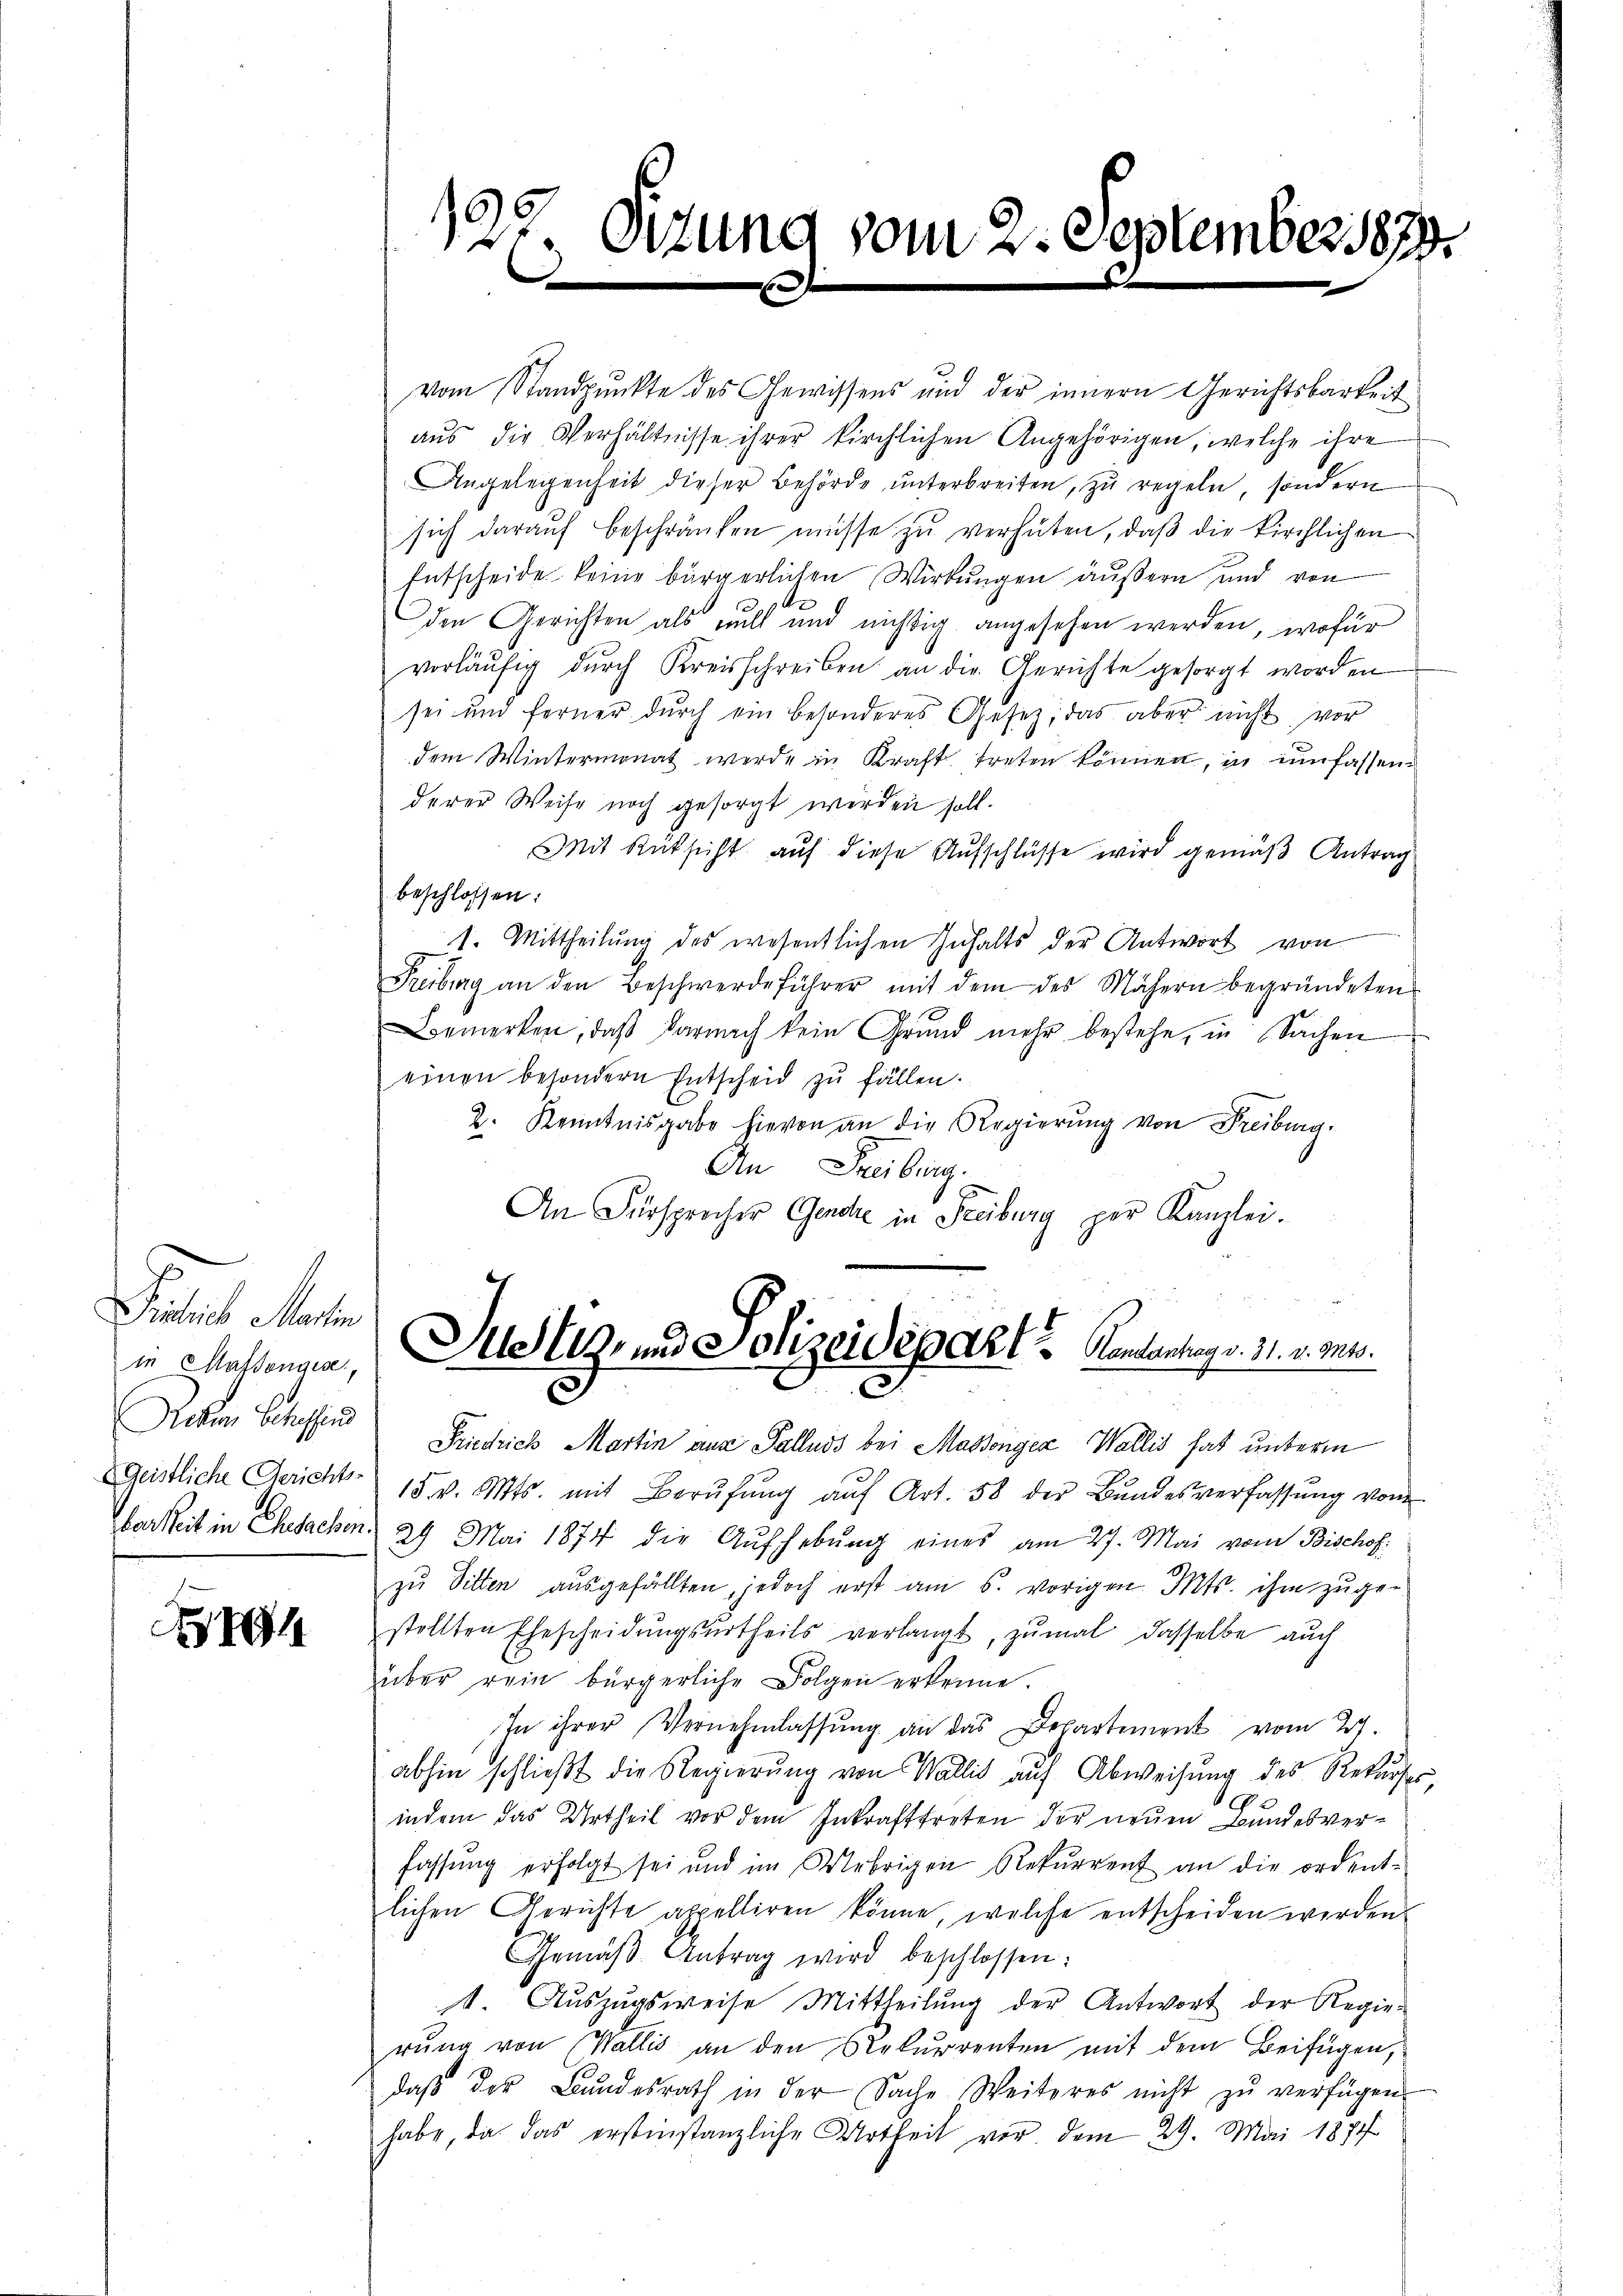
Pilich Martin
in Massengese
Achem Betreffend
Geistliche Gerichts-

h

127. Ottung vom 2. September 1870.
d

vom Standpŭnkte des Gewissens und der innern Gerichtsbarkeit
aus die Verhältnisse ihrer kirchlichen Angehörigen, welche ihre
Angelegenheit dieser Behörde unterbreiten, zu regeln, sondern
sich darauf beschränken müsse zu verhüten, daß die kirchlichen
Entscheide keine bürgerlichen Wirkungen äußern und von
den Gerichten als nicht und nichtig angesehen werden, wofür
vorläŭfig dŭrch Kreisschreiben an die Gerichte gesorgt worden
sei und ferner durch ein besonderes Gesetz, das aber nicht vor
dem Wintermonat werde in Kraft treten können, in umfassenderer Weise noch gesorgt werden soll.
Mit Rüksicht auf diese Aufschlüsse wird gemäß Antrag
beschlossen:
1. Mittheilŭng des wesentlichen Inhalts der Antwort von
Freiburg an den Beschwerdeführer mit dem des Nähern begründeten
Bemerken, daß darnach kein Grund mehr bestehe, in Sachen
einen besondern Entscheid zŭ fällen.
2. Kenntnisgabe hievon an die Regierŭng von Freiburg.
Ain Freiburg.
An Fürsprecher Gendre in Freiburg per Kanzlei.

Justiz- und Polizeideparte Kantantag v. 31. v. Mts.

Friedrich Martin aus Palluss bei Massenger Wallis hat unterm
15. v. Mts. mit Berŭfŭng aŭf Art. 58 der Bundesverfassŭng vom
barkeit in Ehesachen. 29 Mai 1874 die Aufhebŭng eines am 27. Mai vom Bischof
zŭ Sitten aŭsgefällten, jedoch erst am 5. vorigen Mts. ihm zŭge-
stellten Ehescheidŭngsŭrtheils verlangt, zŭmal dasselbe auch
über rein bürgerliche Folgen erkenne.
In ihrer Vernehmlassŭng an das Departement vom 21.
abhin schlieβt die Regierŭng von Wallis auf Abweisung des Rekurses,
indem das Urtheil vor dem Inkrafttreten der neuen Bundesverfassung erfolgt sei und im Uebrigen Rekurrent an die ordent-
lichen Gerichte appelliren könne, welche entscheiden werden.
Gemäβ Antrag wird beschlossen:
1. Auszugsweise Mittheilung der Antwort der Regie-
rung von Wallis an den Rekurrenten mit dem Beifügen,
daβ der Bundesrath in der Sache Weiteres nicht zŭ verfügen
habe, da das erstinstanzliche Urtheil vor dem 29. Mai 1877